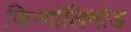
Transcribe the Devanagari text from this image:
फिन्गोलिमोड